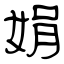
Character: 娟